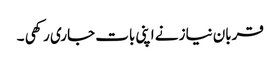
قربان نیاز نے اپنی بات جاری رکھی ۔